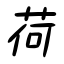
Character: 荷